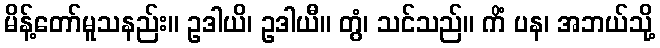
မိန့်တော်မူသနည်း။ ဥဒါယိ၊ ဥဒါယီ။ တွံ၊ သင်သည်။ ကိံ ပန၊ အဘယ်သို့